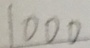
1 0 0 0